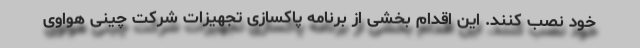
خود نصب کنند. این اقدام بخشی از برنامه پاکسازی تجهیزات شرکت چینی هواوی